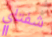
شفتاي